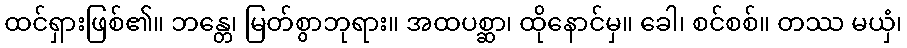
ထင်ရှားဖြစ်၏။ ဘန္တေ၊ မြတ်စွာဘုရား။ အထပစ္ဆာ၊ ထိုနောင်မှ။ ခေါ၊ စင်စစ်။ တဿ မယှံ၊